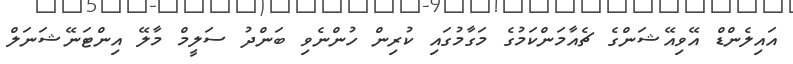
އައިލެންޑް އޭވިއޭޝަންގެ ޗެއާމަންކަމުގެ މަގާމުގައި ކުރިން ހުންނެވި ބަންދު ސަލީމް މާލޭ އިންޓަނޭޝަނަލް